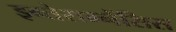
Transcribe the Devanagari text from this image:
इन्तेराम्नेंसिस